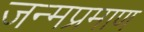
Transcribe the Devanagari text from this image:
जन्मप्रमाण